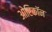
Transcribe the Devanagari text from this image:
ओरिकॉन